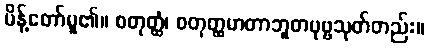
မိန့်တော်မူ၏။ စတုတ္ထံ၊ စတုတ္ထမာတာဘူတပုဗ္ဗသုတ်တည်း။